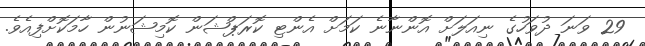
29 ވަނަ ދުވަހުގެ ނިއަލަށް އޮންނާނެ ކަމަށް އެންޓި ކޮރަޕްޝަން ކޮމިޝަނުން ހާމަކޮށްފިއެވެ.